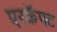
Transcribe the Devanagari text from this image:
एरक्रॅफ्ट